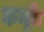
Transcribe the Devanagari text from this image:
कन्ट्री।